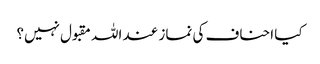
کیا احناف کی نماز عند اللہ مقبول نہیں؟